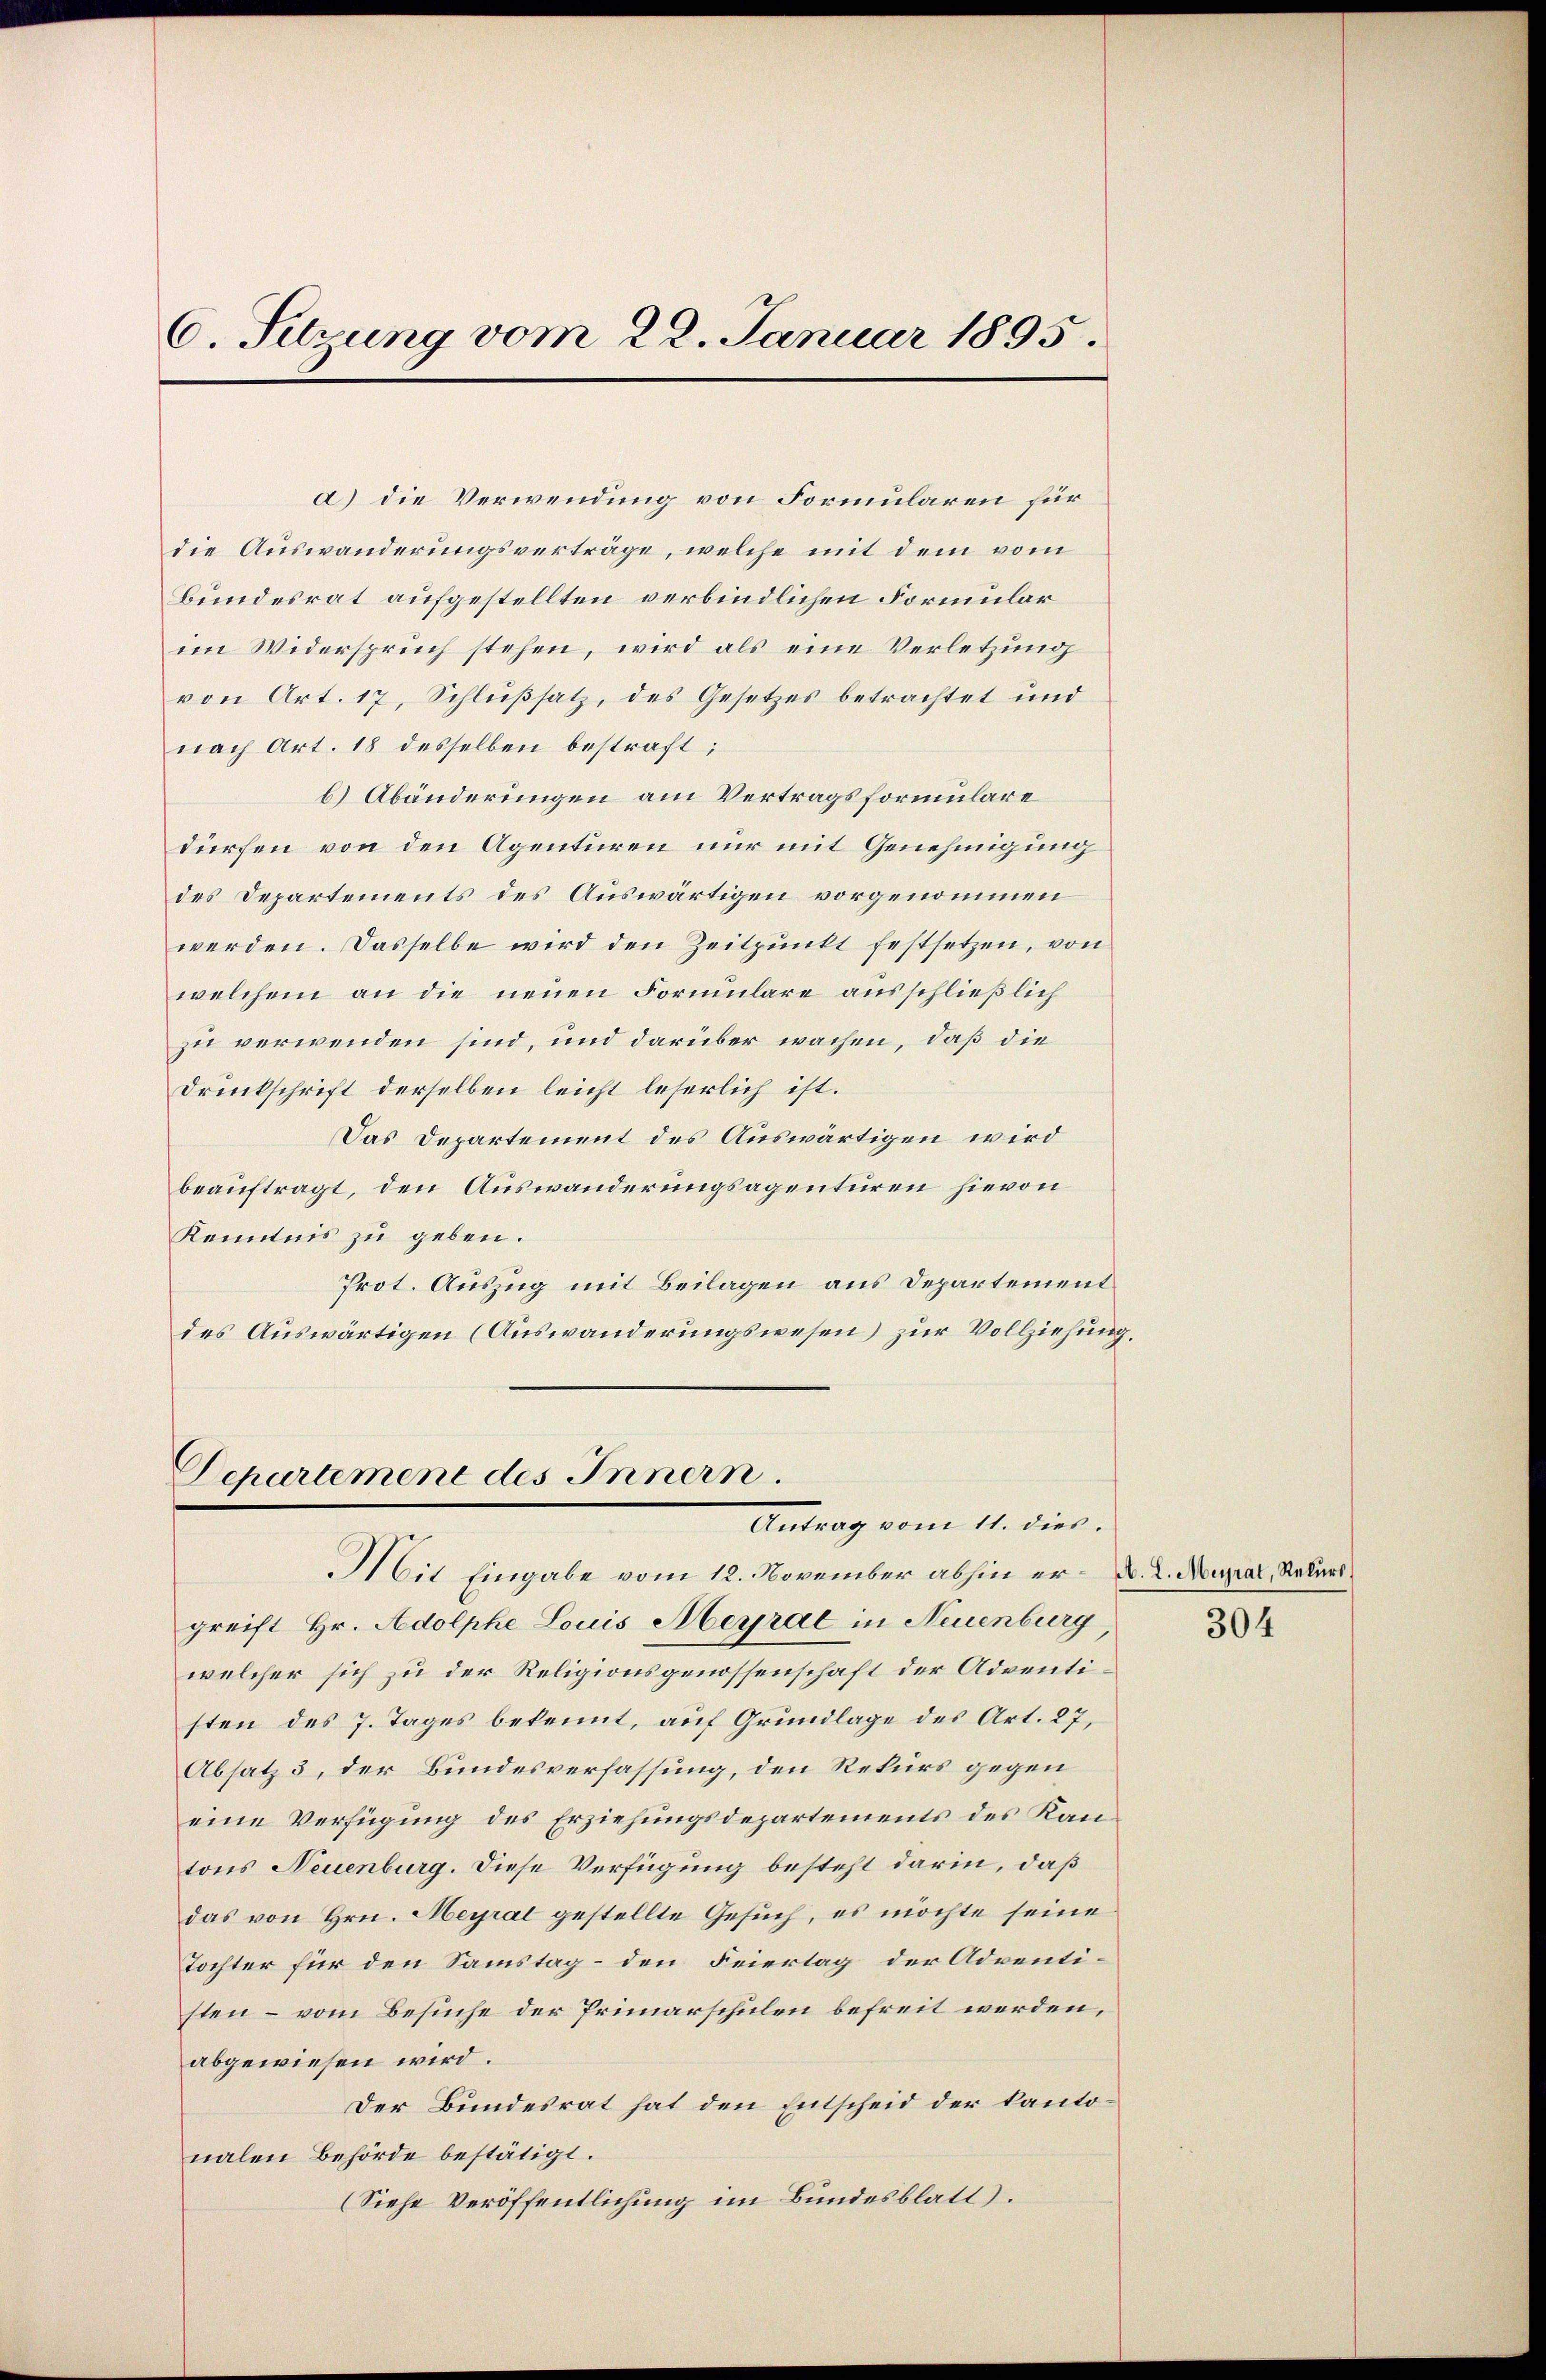
6. Sitzung vom 22. Januar 1895.

a) die Verwendung von Formularen für
die Auswanderungsverträge, welche mit dem vom
Bundesrat aufgestellten verbindlichen Formular
im Widerspruch stehen, wird als eine Verletzung
von Art. 17, Schlußsatz, des Gesetzes betrachtet und
nach Art. 18 desselben bestraft;
b) Abänderungen am Vertragsformulare
dürfen von den Agenturen nur mit Genehmigung
des Departements des Auswärtigen vorgenommen
werden. Dasselbe wird den Zeitpunkt festsetzen, von
welchem an die neuen Formulare ausschließlich
zu verwenden sind, und darüber wachen, daß die
Druckschrift derselben leicht leserlich ist.
Das Departement des Auswärtigen wird
beauftragt, den Auswanderungsagenturen hievon
Kenntnis zu geben.
Prot. Auszug mit Beilagen aus Departement
des Auswärtigen (Auswanderungswesen) zur Vollziehung.

Departement des Innern.
Antrag vom 11. dies.
Mit Eingabe vom 12. November abhin er A. L. Augial, Rekurs.

greift Hr. Adolphe Louis Merrat in Neuenburg
welcher sich zu der Religionsgenossenschaft der Adventisten des 7. Tages bekennt, auf Grundlage des Art. 27,
Absatz 3, der Bundesverfassung, den Rekurs gegen
eine Verfügung des Erziehungsdepartements des Kantons Neuenburg. Diese Verfügung besteht darin, daß
das von Hrn. Meyral gestellte Gesuch, es möchte seine
Tochter für den Samstag – den Feiertag der Adventi-
sten – vom Besuche der Primarschulen befreit werden,
abgewiesen wird.
Der Bundesrat hat den Entscheid der kantonalen Behörde bestätigt.
(Siehe Veröffentlichung im Bundesblatt).

304